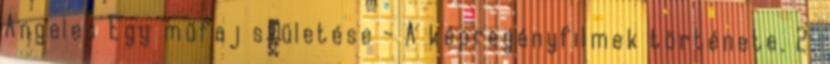
Angeles Egy műfaj születése - A képregényfilmek története. 2.